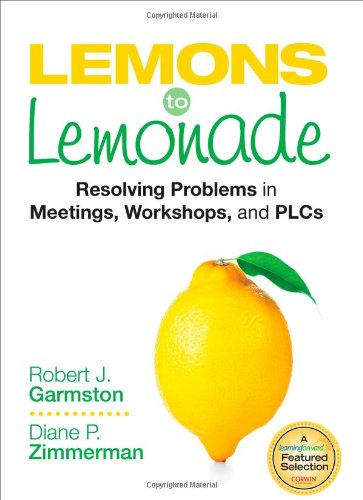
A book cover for Lemons to Lemonade: Resolving Problems in Meetings, Workshops, and PLCs; Robert J. Garmston; Business & Money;